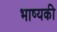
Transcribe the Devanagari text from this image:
भाष्यकी